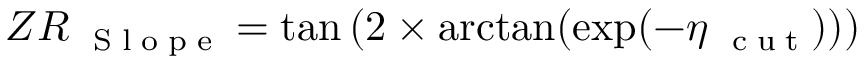
Z R _ { \mathrm { ~ \tiny ~ S ~ l ~ o ~ p ~ e ~ } } = \tan { ( 2 \times \arctan ( \exp ( - \eta _ { \mathrm { ~ \tiny ~ c ~ u ~ t ~ } } ) ) ) }